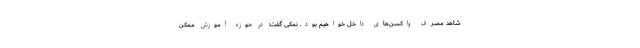
شاهد مصرف واکسن‌های داخل خواهیم بود. نمکی گفت: در حوزه آموزش ممکن